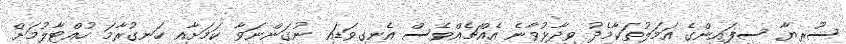
ސޫރިޔާ ސިފައިންގެ އަމަލުތަކާމެދު ވިދާޅުވާނެ އެއްޗެއްވެސް އެނގިވަޑައި ނުގަންނަވާ ކަމަށާއި ހަނގުރާމަ ހުއްޓާލުމަށް